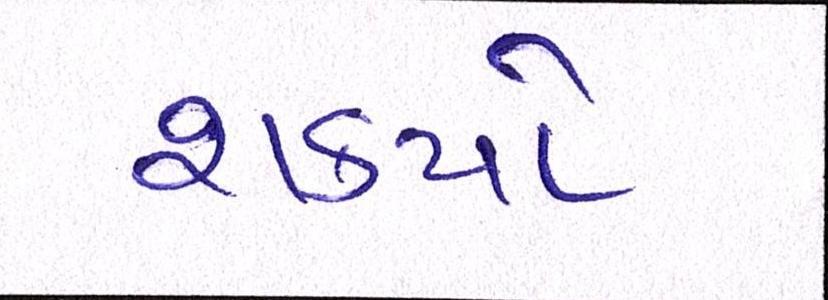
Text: શક્યો